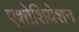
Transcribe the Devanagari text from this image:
एशोशियेशन